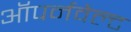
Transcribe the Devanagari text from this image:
ऑपर्नवेल्ट